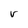
Character: v